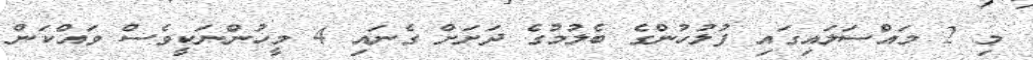
މި 2 މައްސަލައިގައި ފުލުހުންގެ ބެލުމުގެ ދަށަށް ގެނައި 4 މީހުންނަކީވެސް ވައްކަން